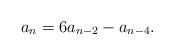
LaTeX: \begin{align*}a_n=6a_{n-2}-a_{n-4}.\end{align*}